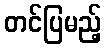
တင်ပြမည့်